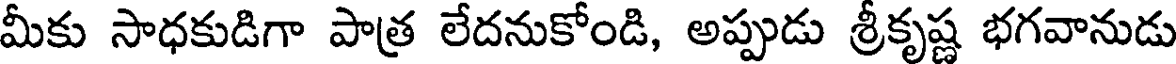
మీకు సాధకుడిగా పాత్ర లేదనుకోండి, అప్పుడు శ్రీకృష్ణ భగవానుడు